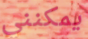
يمكنني